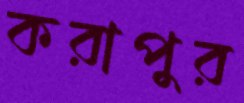
করাপুর